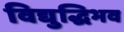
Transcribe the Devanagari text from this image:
विद्युद्धिभव